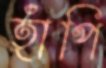
হাঁপি